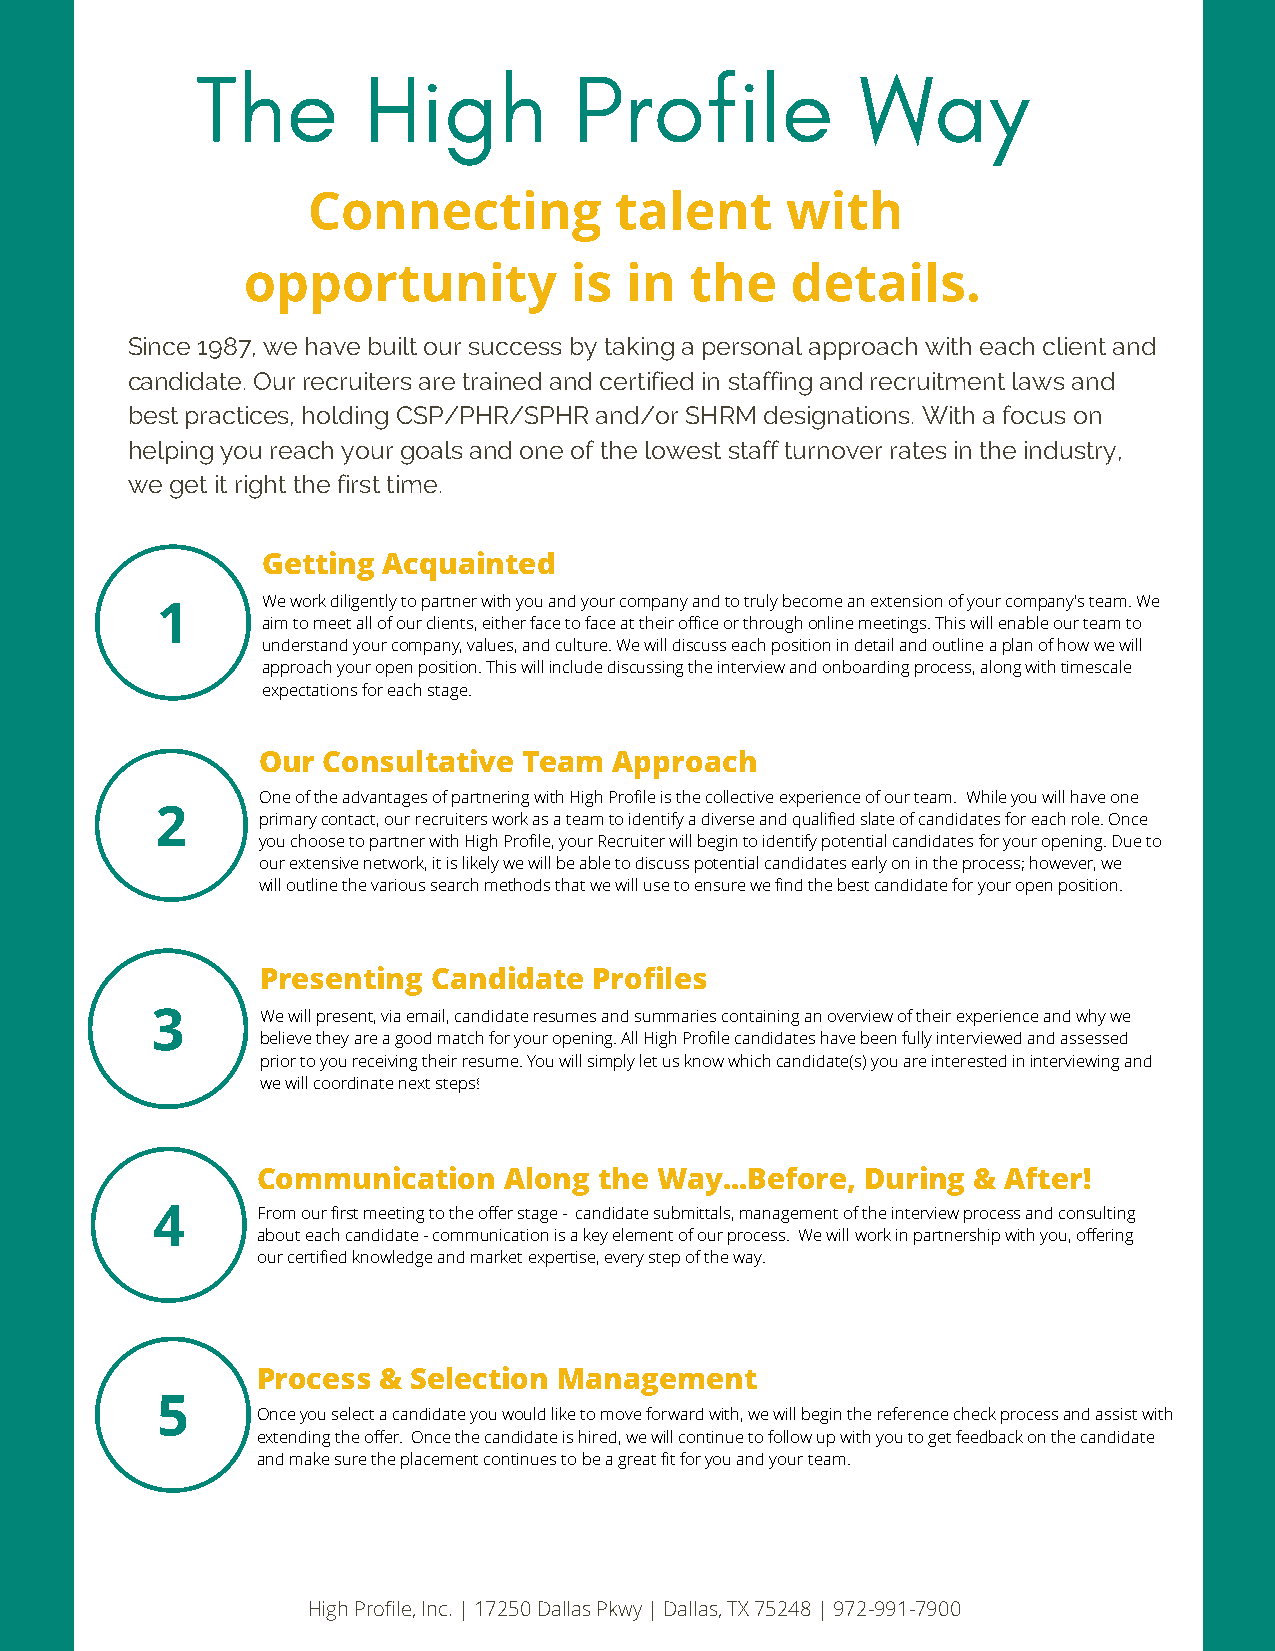
The        High          Profile            Way
 Connecting           talent     with
 opportunity           is in   the   details.
 Since 1987, we have built our success by taking a personal approach with each client and
 candidate. Our recruiters are trained and certified in staffing and recruitment laws and
 best practices, holding CSP/PHR/SPHR and/or SHRM designations. With a focus on
 helping you reach your goals and one of the lowest staff turnover rates in the industry,
 we get it right the first time.
 Getting Acquainted
 We work diligently to partner with you and your company and to truly become an extension of your company's team. We
 aim to meet all of our clients, either face to face at their office or through online meetings. This will enable our team to
 understand your company, values, and culture. We will discuss each position in detail and outline a plan of how we will
 approach your open position. This will include discussing the interview and onboarding process, along with timescale
 expectations for each stage.
 Our Consultative  Team  Approach
 One of the advantages of partnering with High Profile is the collective experience of our team. While you will have one
 primary contact, our recruiters work as a team to identify a diverse and qualified slate of candidates for each role. Once
 you choose to partner with High Profile, your Recruiter will begin to identify potential candidates for your opening. Due to
 our extensive network, it is likely we will be able to discuss potential candidates early on in the process; however, we
 will outline the various search methods that we will use to ensure we find the best candidate for your open position.
 Presenting  Candidate Profiles
 We will present, via email, candidate resumes and summaries containing an overview of their experience and why we
 believe they are a good match for your opening. All High Profile candidates have been fully interviewed and assessed
 prior to you receiving their resume. You will simply let us know which candidate(s) you are interested in interviewing and
 we will coordinate next steps!
 Communication   Along  the Way...Before, During & After!
 From our first meeting to the offer stage - candidate submittals, management of the interview process and consulting
 about each candidate - communication is a key element of our process. We will work in partnership with you, offering
 our certified knowledge and market expertise, every step of the way.
 Process & Selection Management
 Once you select a candidate you would like to move forward with, we will begin the reference check process and assist with
 extending the offer. Once the candidate is hired, we will continue to follow up with you to get feedback on the candidate
 and make sure the placement continues to be a great fit for you and your team.
 High Profile, Inc. | 17250 Dallas Pkwy | Dallas, TX 75248 | 972-991-7900